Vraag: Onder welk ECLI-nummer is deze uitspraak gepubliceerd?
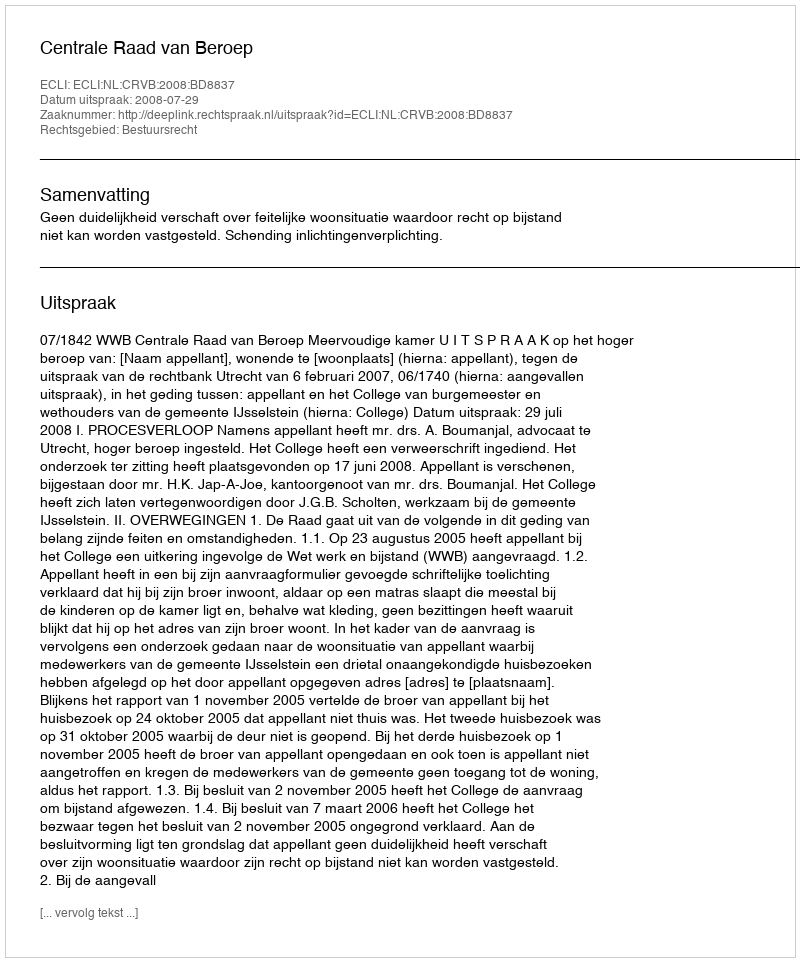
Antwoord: ECLI:NL:CRVB:2008:BD8837